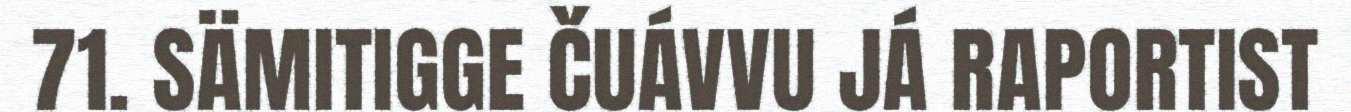
71. SÄMITIGGE ČUÁVVU JÁ RAPORTIST